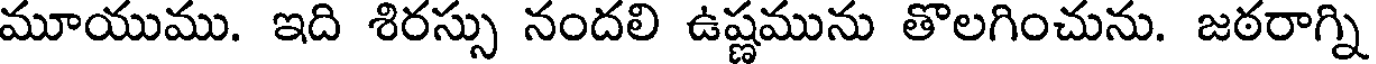
మూయుము. ఇది శిరస్సు నందలి ఉష్ణమును తొలగించును. జఠరాగ్ని